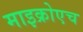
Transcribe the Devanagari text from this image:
माइक्रोएच